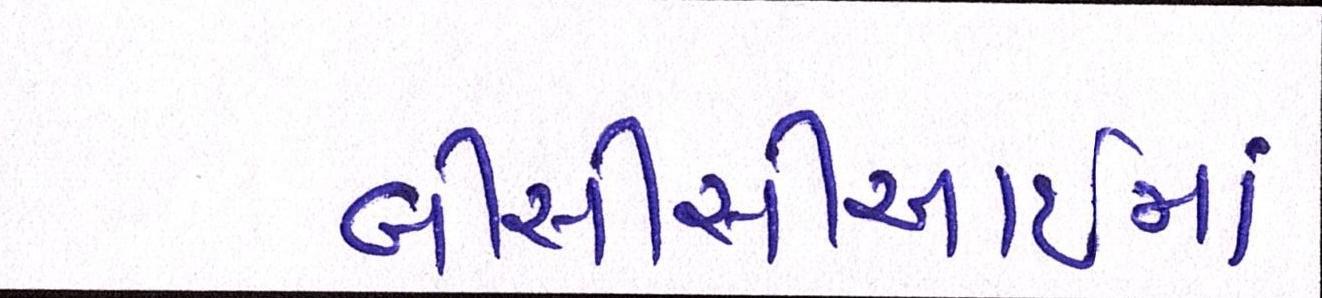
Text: બીસીસીઆઈમાં